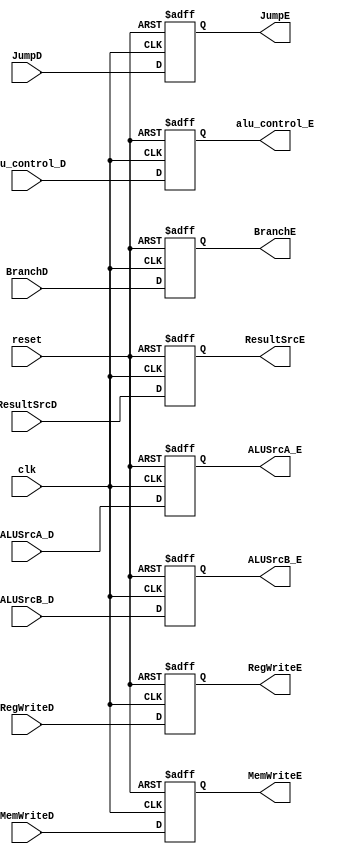
//Control Unit Pipeline Register between Decode and Execution Stage//


module C_ID_EX (clk, reset, RegWriteD, MemWriteD, JumpD, BranchD, ALUSrcA_D, ALUSrcB_D, ResultSrcD,
RegWriteE, MemWriteE, JumpE, BranchE,  ALUSrcA_E, ALUSrcB_E, ResultSrcE,alu_control_D, alu_control_E);
 
        input clk, reset;
        input  RegWriteD, MemWriteD, JumpD, BranchD, ALUSrcA_D;
		input  [1:0] ALUSrcB_D;
        input  [1:0] ResultSrcD;
        input  [3:0] alu_control_D; 
        output  reg RegWriteE, MemWriteE, JumpE, BranchE,  ALUSrcA_E;
		output reg[1:0] ALUSrcB_E;
        output  reg[1:0] ResultSrcE;
        output  reg[3:0] alu_control_E;

always @( posedge clk, posedge reset ) begin

		if (reset) begin
			RegWriteE <= 0;
			MemWriteE <= 0;
			JumpE <= 0;
			BranchE <= 0; 
			ALUSrcA_E <= 0;
			ALUSrcB_E <= 0;
			ResultSrcE <= 0;
			alu_control_E <= 0;          
		end

		
		else begin
			RegWriteE <= RegWriteD;
			MemWriteE <= MemWriteD;
			JumpE <= JumpD;
			BranchE <= BranchD; 
			ALUSrcA_E <= ALUSrcA_D;
			ALUSrcB_E <= ALUSrcB_D;
			ResultSrcE <= ResultSrcD;
			alu_control_E <= alu_control_D;   
		end
		 
	 end
  
endmodule